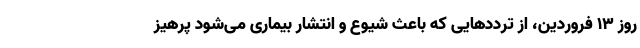
روز ۱۳ فروردین، از تردد‌هایی که باعث شیوع و انتشار بیماری می‌شود پرهیز